Insane asylums in Bengal annual reports 1867-1875 - 1867-1875
Year: 1867
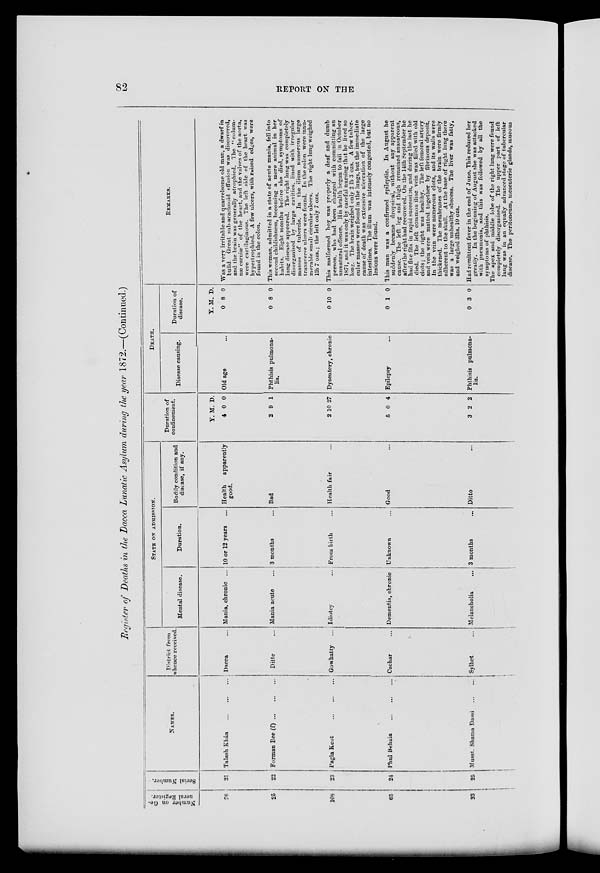
82
REPORT ON THE
Register of Deaths in the Dacca Lunatic Asylum during the year 1872.—(Continued.)
Number on Ge-
neral Register.
76
25
109
65
23
Serial Number.
21
22
23
24
25
NAMES.
Talash Khán
...
...
...
Forman Bee (f)
...
...
...
Pagla Keot
...
...
...
Phul Behaia
...
...
...
Musst. Shama Dassi
...
...
District from
whence received
Dacca ...
Ditto ...
Gowhatty ...
Cachar ...
Sylhet
...
STATE ON ADMISSION.
Mental disease.
Mania, chronic ...
Mania acute ...
Idiotcy ...
Dementia, chronic
Melancholia
...
Duration.
10 or 12 years ...
3 months ...
From birth ...
Unknown ...
3 months
...
Bodily condition and
disease, if any.
Health
apparently
good.
Bad
Health fair ...
Good ..
Ditto ...
Duration of
confinement.
Y.
4
2
2
5
3
M.
0
9
10
0
2
D.
0
1
27
4
2
DEATH.
Disease causing.
Old age ...
Phthisis pulmona-
lis.
Dysentery, chronic
Epilepsy
...
Phthisis pulmona-
lis.
Duration of
disease.
Y.
0
0
0
0
0
M.
8
8
10
1
3
D.
0
0
0
0
0
REMARKS.
Was a very irritable and quarrelsome old man, a dwarf in
build. Great sub-arachnoid effusion was discovered,
and the brain was generally atrophied. The " colum-
næ carniæ" of the heart, and the valves of the aorta,
were cartilaginous. The left side of the heart was
hypertrophied. A few ulcers, with raised edges, were
found in the colon.
This woman, admitted in a state of acute mania, fell into
second childishness, becoming a mere animal in her
habits. Eight months before she died, symptoms of
lung disease appeared. The right lung was completely
disorganised by large cavities, lined with irregular
masses of tubercle. In the ilium numerous large
transverse ulcers were found. In the colon were innu-
merable small circular ulcers. The right lung weighed
1lb 7 ozs.; the left only 7 ozs.
This malformed boy was properly a deaf and dumb
person, who had been charged with committing an
unnatural offence. His health began to fail in October
1871, and it was only by careful nursing that he lived so
long. The brain weighed only 2 lb 3 ozs. A few tuber-
cular masses were found in the lungs, but the immediate
cause of death was extensive ulceration of the large
intestines. The ilium was intensely congested, but no
lesions were found.
This man was a confirmed epileptic. In August he
suddenly became dropsical, without any apparent
cause. The left leg and thigh remained anasarcous,
after the right had recovered. On the 14th September he
had five fits in rapid succession, and during the last he
died. The left common iliac vein was filled with old
clots; the right was healthy. The left femoral artery
and vein were matted together by fibrinous deposit.
In the vein were numerous clots, and its walls were
thickened. The membranes of the brain were firmly
adherent to the skull. At the base of right lung there
was a large unhealthy abscess. The liver was fatty,
and weighed 3lbs. 10 ozs.
Had remittent fever in the end of June. This reduced her
greatly. In the beginning of August she was attacked
with pneumonia, and this was followed by all the
symptoms of phthisis.
The apex and middle lobe of the right lung were found
completely disorganised. The upper part of left
lung was in an equally advanced stage of tubercular
disease. The peritoneum, mesenteric glands, mucous